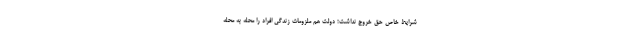
شرایط خاص حق خروج نداشت؛ دولت هم ملزومات زندگی افراد را محله به محله